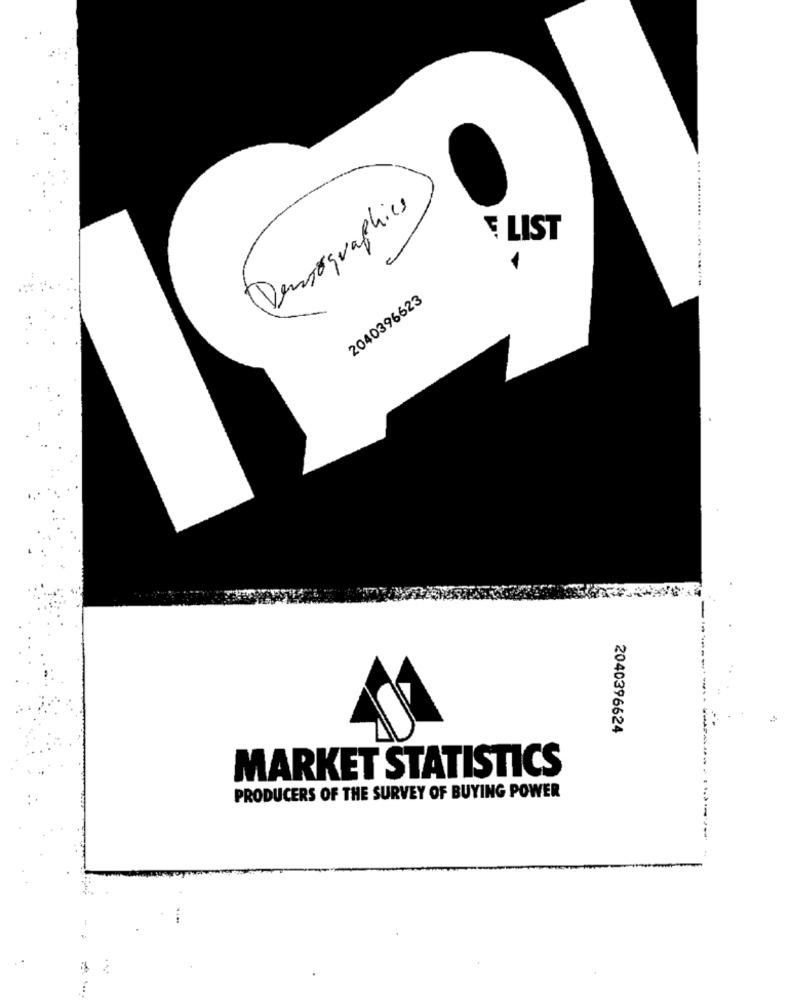
Demographics
E LIST
2040396623
2040396624
MARKET STATISTICS
PRODUCERS OF THE SURVEY OF BUYING POWER